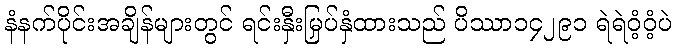
နံနက်ပိုင်းအချိန်များတွင် ရင်းနှီးမြှပ်နှံထားသည် ပိဿာ၁၄၂၉၁ ရဲရဲဝံ့ဝံ့ပဲ